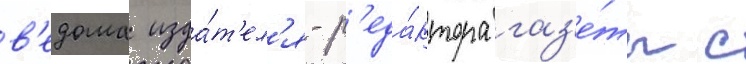
в'едома изда́т'ел'я-р'еда́ктора газ'е́ты с